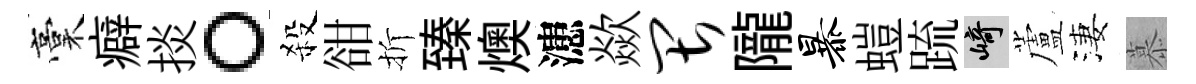
稾癖掞。殺𧮳折臻燠漶歘畏隴暴螘䟽崎蘆淒慕